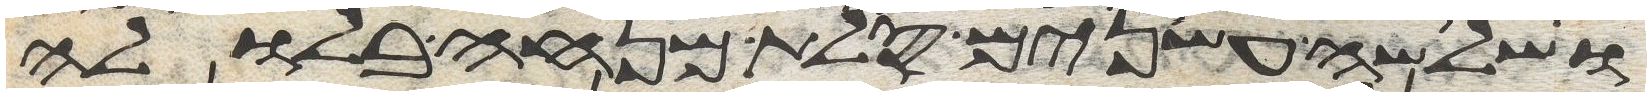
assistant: ושלשה עשרנים סלת מנחה בלולה